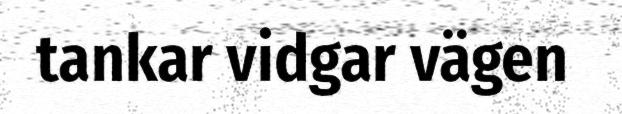
tankar vidgar vägen